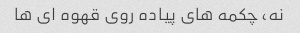
نه، چکمه های پیاده روی قهوه ای ها